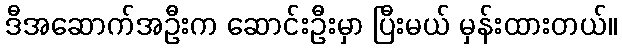
ဒီအဆောက်အဦးက ဆောင်းဦးမှာ ပြီးမယ် မှန်းထားတယ်။